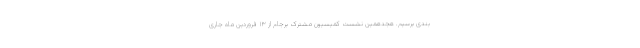
بندی برسیم. هجدهمین نشست کمیسیون مشترک برجام از ۱۳ فروردین ماه جاری